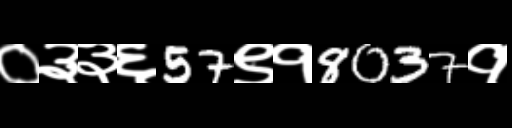
Text: ०३३६57९१8037१